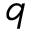
q